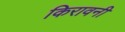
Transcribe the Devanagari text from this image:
किरावनी